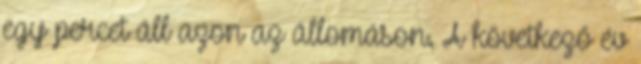
egy percet áll azon az állomáson. A következő év